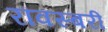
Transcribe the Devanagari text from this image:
रॊवस्बरी